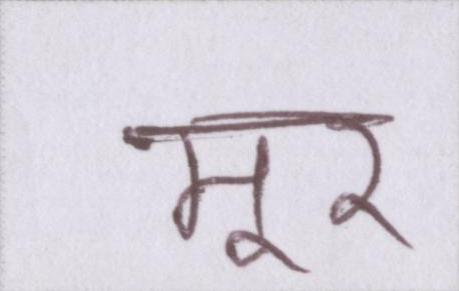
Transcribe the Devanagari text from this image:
मूर